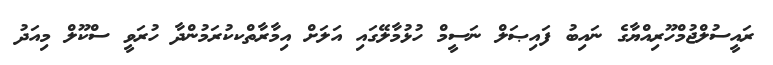
ރައީސުލްޖުމްހޫރިއްޔާގެ ނައިބު ފައިޞަލް ނަސީމް ހުޅުމާލޭގައި އަލަށް އިމާރާތްކކުރަމުންދާ ހުރަވީ ސްކޫލް މިއަދު